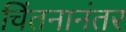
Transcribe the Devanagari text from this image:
चिंतनानंतर